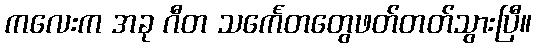
ကလေးက အခု ဂီတ သင်္ကေတတွေဖတ်တတ်သွားပြီ။